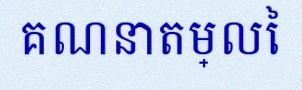
គណនាតម្លៃ